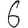
Digit: 6